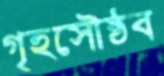
গৃহসৌষ্ঠব